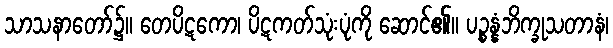
သာသနာတော်၌။ တေပိဋကော၊ ပိဋကတ်သုံးပုံကို ဆောင်၏။ ပဉ္စန္နံဘိက္ခုသတာနံ၊